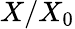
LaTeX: X/X_{0}